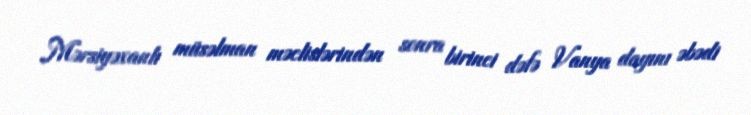
Mərsiyəxanlı müsəlman məclislərindən sonra birinci dəfə Vanya dayını əbədi